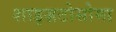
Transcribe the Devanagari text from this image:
शाइज़टोसोमा